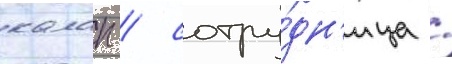
калап / сотру́дн'ица /